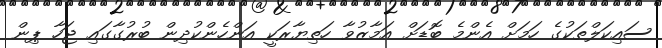
ސައިކަލްތަކުގެ ހަމަށް އެންމެ ބޮޑަށް އަމާޒުވާ ހަތިޔާރަކީ އަންހެންކުދިން ބުރުގާގައި ޖަހާ ޕިން